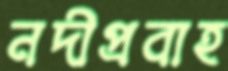
নদীপ্রবাহ